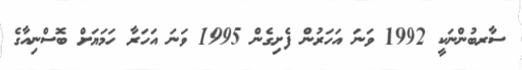
ސާރބުންނަކީ 1992 ވަނަ އަހަރުން ފެށިގެން 1995 ވަނަ އަހަރާ ހަމަޔަށް ބޮސްނިއާގެ